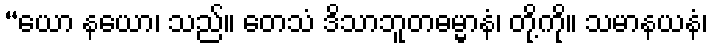
“ယော နယော၊ သည်။ တေသံ ဒိသာဘူတဓမ္မာနံ၊ တို့ကို။ သမာနယနံ၊